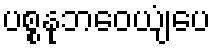
ပစ္စနုဘဝေယျံပေ